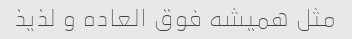
مثل همیشه فوق العاده و لذیذ